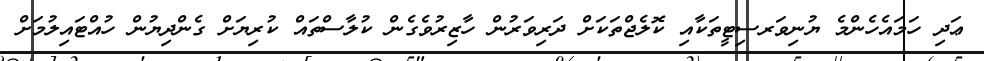
ޢަދި ހަމައެހެންމެ ޔުނިވަރސިޓީތަކާއި ކޮލެޖްތަކަށް ދަރިވަރުން ހާޒިރުވެގެން ކުލާސްތައް ކުރިޔަށް ގެންދިޔުން ހުއްޓައިލުމަށް